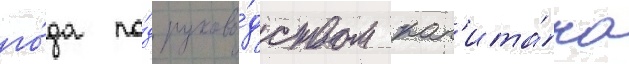
го́да по́д руково́дством кап'ита́на